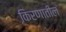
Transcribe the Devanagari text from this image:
किरणातील